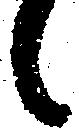
候